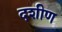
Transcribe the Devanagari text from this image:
दशीण